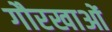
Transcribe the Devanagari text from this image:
गौरखाओं